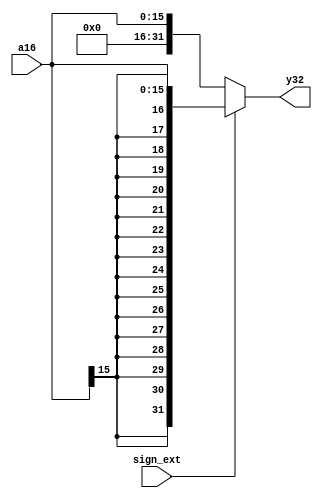
/******************/
/* signext16_32.v */
/******************/

//            +----+
//  sign_ext->|    |
// a16[15:0]->|    |->y32[31:0]
//            +----+

module signext16_32 (sign_ext, a16, y32);  // 
  input      sign_ext;          //  1-bit
  input   [15:0]  a16;          //  16-bit
  output  [31:0]  y32;          //  32-bit

  //Body
  //
  assign y32 = (sign_ext == 1'b1) ?
               {a16[15], a16[15], a16[15], a16[15],
                a16[15], a16[15], a16[15], a16[15],
                a16[15], a16[15], a16[15], a16[15],
                a16[15], a16[15], a16[15], a16[15],
                a16[15:0]}
               : {16'h0000, a16[15:0]};
endmodule